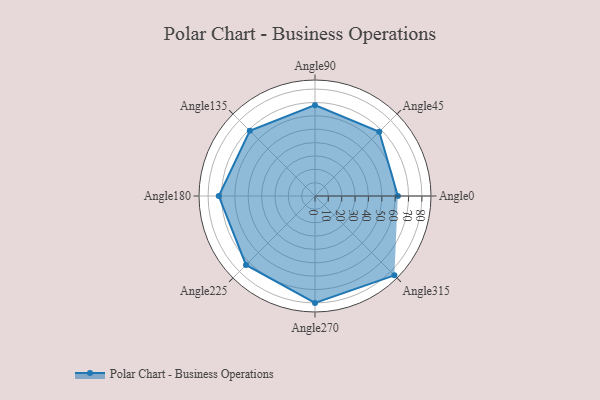
{"axis": {"x": "Angle", "y": "Radius"}, "legend": [""], "data": [{"x": "Angle0", "y": 62.0, "type": ""}, {"x": "Angle45", "y": 68.0, "type": ""}, {"x": "Angle90", "y": 68.0, "type": ""}, {"x": "Angle135", "y": 69.0, "type": ""}, {"x": "Angle180", "y": 72.0, "type": ""}, {"x": "Angle225", "y": 73.0, "type": ""}, {"x": "Angle270", "y": 80.0, "type": ""}, {"x": "Angle315", "y": 84.0, "type": ""}]}